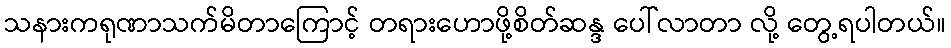
သနားကရုဏာသက်မိတာကြောင့် တရားဟောဖို့စိတ်ဆန္ဒ ပေါ်လာတာ လို့ တွေ့ရပါတယ်။